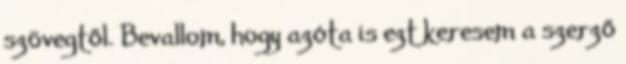
szövegtől. Bevallom, hogy azóta is ezt keresem a szerző